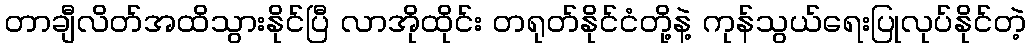
တာချီလိတ်အထိသွားနိုင်ပြီ လာအိုထိုင်း တရုတ်နိုင်ငံတို့နဲ့ ကုန်သွယ်ရေးပြုလုပ်နိုင်တဲ့